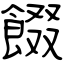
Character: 餟